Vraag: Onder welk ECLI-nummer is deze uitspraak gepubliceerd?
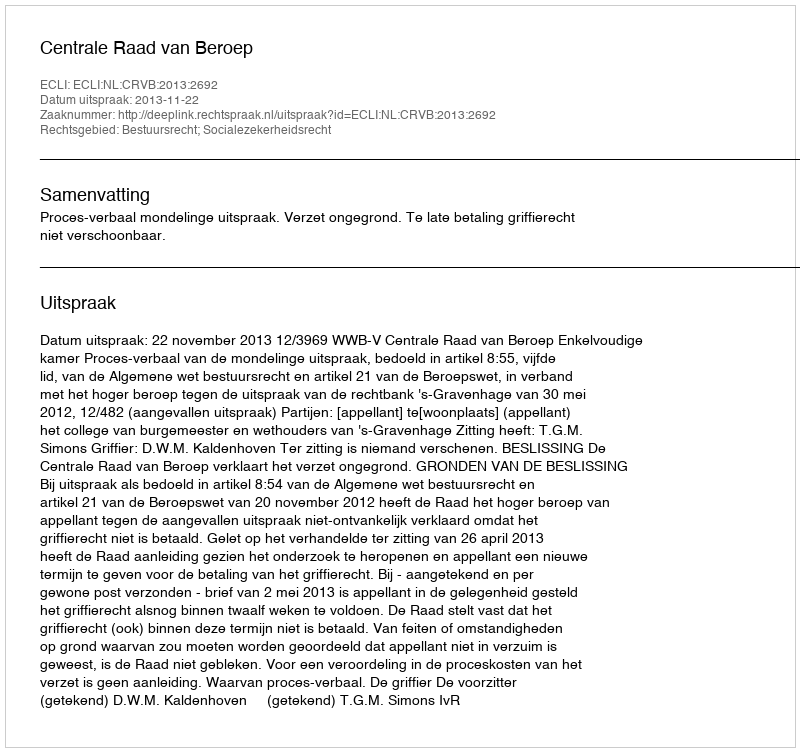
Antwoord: ECLI:NL:CRVB:2013:2692